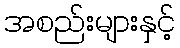
အစည်းများနှင့်